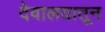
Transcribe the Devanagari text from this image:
देवालयातून